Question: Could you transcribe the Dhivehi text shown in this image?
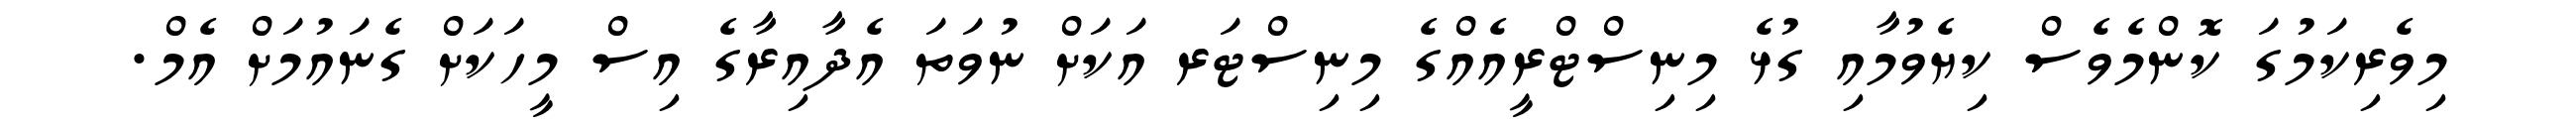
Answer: މިވެރިކަމުގަ ކޮންމެވެސް ކިޔެވުމާއި ގުޅެ މިނިސްޓްރީއެއްގެ މިނިސްޓަރ އަކަށް ނުވަތަ އެދާއިރާގެ އިސް މީހަކަށް ގެނައުމަށް އެމް.